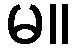
မ။